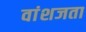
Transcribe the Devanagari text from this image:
वांशजता